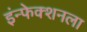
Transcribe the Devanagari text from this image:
इंन्फेक्शनला